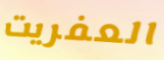
العفريت